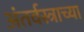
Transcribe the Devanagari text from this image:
अंतर्वस्त्राच्या